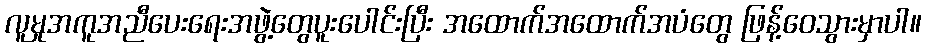
လူမှုအကူအညီပေးရေးအဖွဲ့တွေပူးပေါင်းပြီး အထောက်အထောက်အပံတွေ ဖြန့်ဝေသွားမှာပါ။